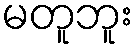
မတူဘူး